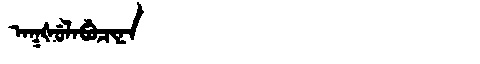
Manchu: ᠠᡴᡧᡠᠯᠠᠪᡠᠴᡳᠨᠠ
Romanization: AKŠULABUCINA